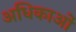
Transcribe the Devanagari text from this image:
अधिकाओं